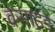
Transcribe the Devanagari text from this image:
वेसाइड